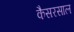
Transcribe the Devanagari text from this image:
कैसरसाल